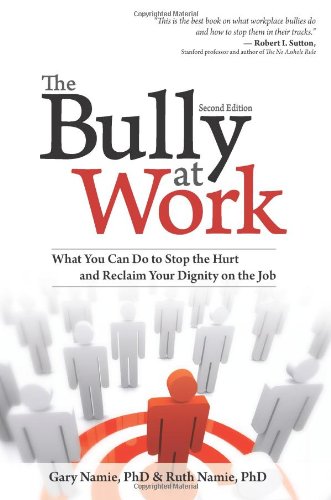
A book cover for The Bully at Work: What You Can Do to Stop the Hurt and Reclaim Your Dignity on the Job; Gary Namie; Business & Money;